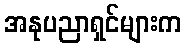
အနုပညာရှင်များက